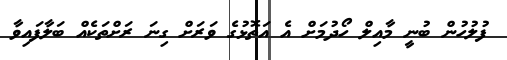
ފުލުހުން ބުނީ މާއިލް ހޯދުމަށް އެ އަތޮޅުގެ ވަރަށް ގިނަ ރަށްތަކެއް ބަލާފައިވާ